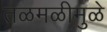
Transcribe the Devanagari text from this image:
तळमळीमुळे